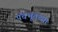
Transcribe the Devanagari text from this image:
पंचभूतच्या